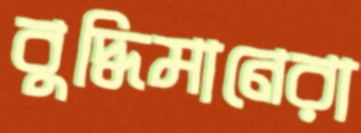
বুদ্ধিমানেরা